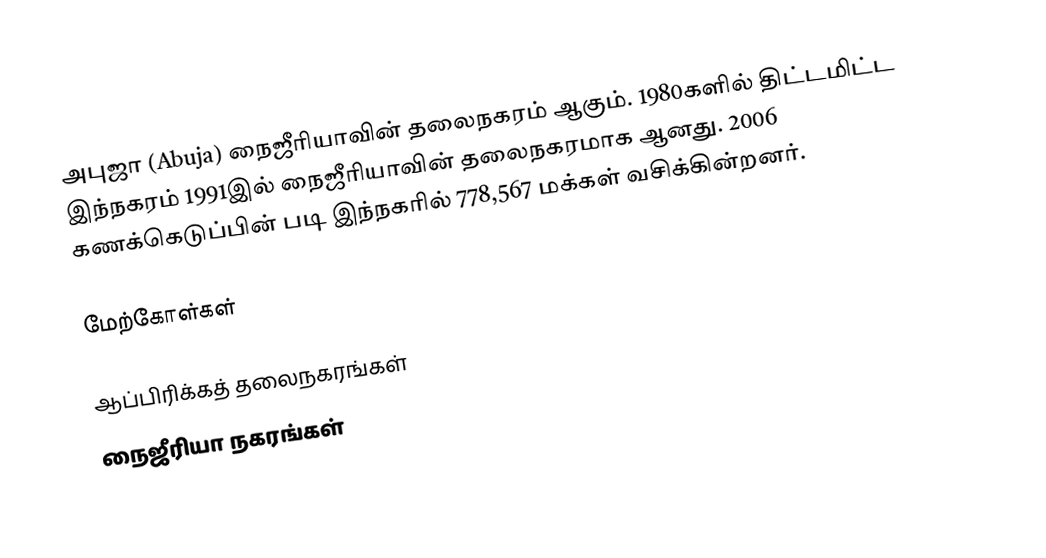
அபுஜா (Abuja) நைஜீரியாவின் தலைநகரம் ஆகும். 1980களில் திட்டமிட்ட இந்நகரம் 1991இல் நைஜீரியாவின் தலைநகரமாக ஆனது. 2006 கணக்கெடுப்பின் படி இந்நகரில் 778,567 மக்கள் வசிக்கின்றனர்.

மேற்கோள்கள்

ஆப்பிரிக்கத் தலைநகரங்கள்
நைஜீரியா நகரங்கள்